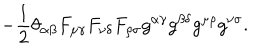
LaTeX: - \frac 1 2 \theta _ { \alpha \beta } F _ { \mu \gamma } F _ { \nu \delta } F _ { \rho \sigma } g ^ { \alpha \gamma } g ^ { \beta \delta } g ^ { \mu \rho } g ^ { \nu \sigma } .